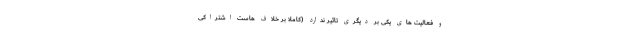
و فعالیت های یکی بر دیگری تاثیر ندارد (کاملا بر خلاف هاست اشتراکی